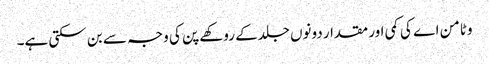
وٹامن اے کی کمی اور مقدار دونوں جلدکے روکھے پن کی وجہ سے بن سکتی ہے۔